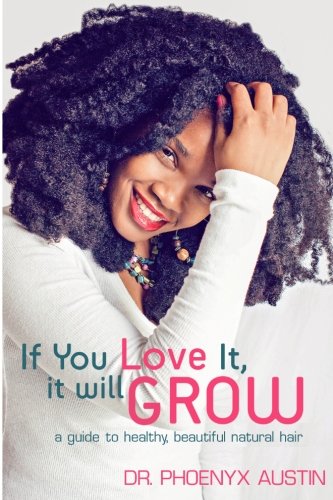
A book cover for If You Love It, It Will Grow: A Guide To Healthy, Beautiful Natural Hair; Phoenyx Austin; Health, Fitness & Dieting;